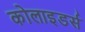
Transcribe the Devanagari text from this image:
कोलाइडर्स